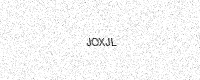
Text: JOXJL